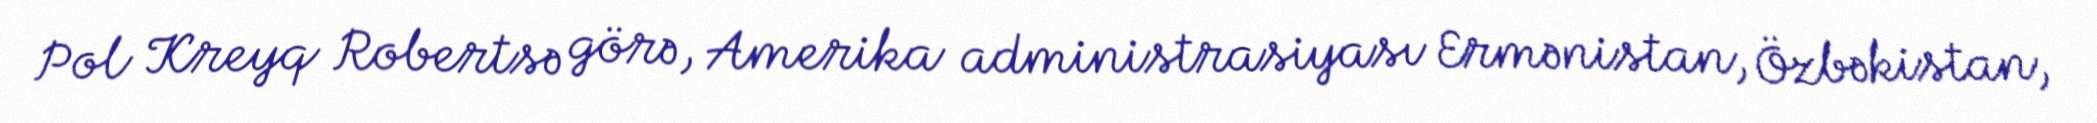
Pol Kreyq Robertsə görə, Amerika administrasiyası Ermənistan, Özbəkistan,